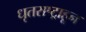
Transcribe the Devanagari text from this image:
धृतराष्ट्राहून